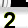
Digit: 2